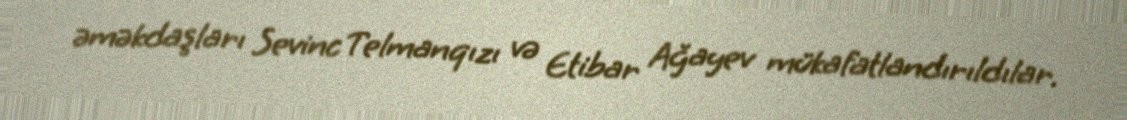
əməkdaşları Sevinc Telmanqızı və Etibar Ağayev mükafatlandırıldılar.